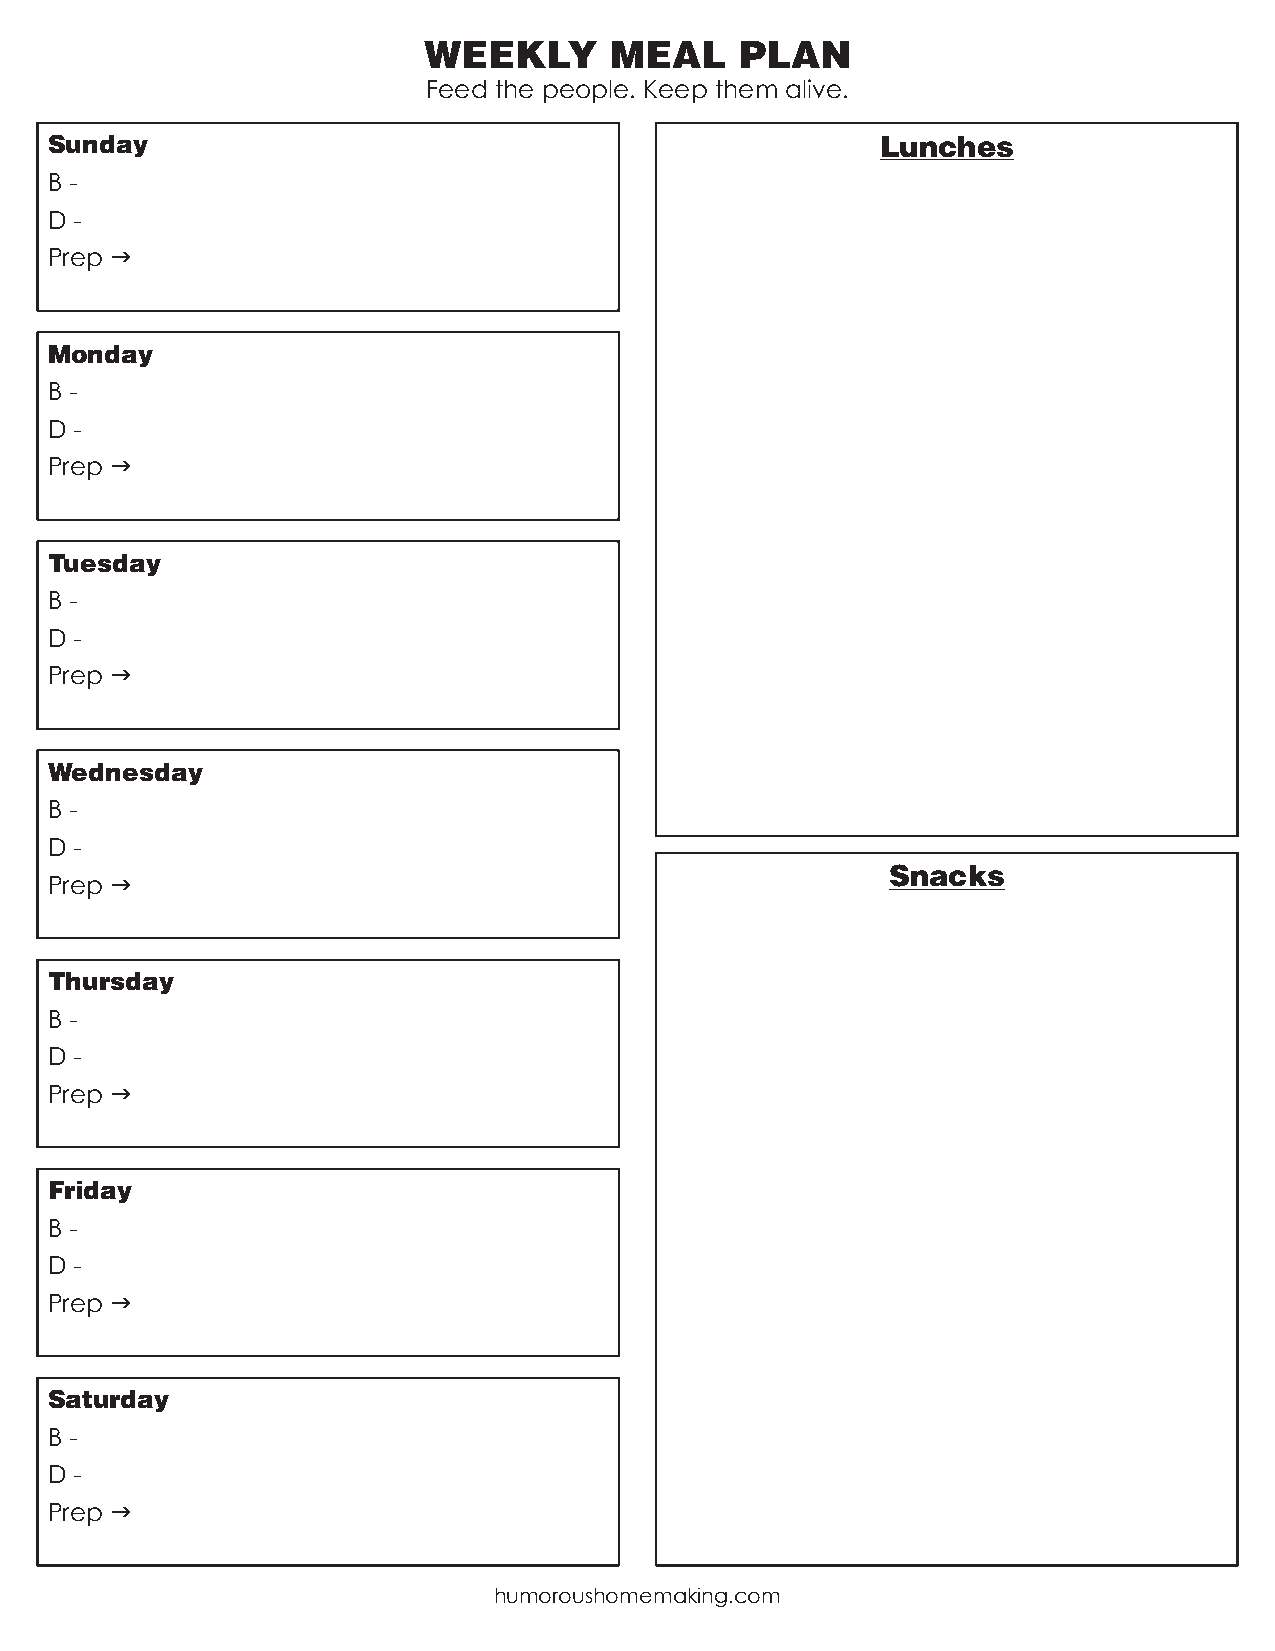
WEEKLY      MEAL     PLAN
 Feed the people. Keep them alive.
 Sunday                                                 Lunches
 B -
 D -
 Prep g
 Monday
 B -
 D -
 Prep g
 Tuesday
 B -
 D -
 Prep g
 Wednesday
 B -
 D -
 Snacks
 Prep g
 Thursday
 B -
 D -
 Prep g
 Friday
 B -
 D -
 Prep g
 Saturday
 B -
 D -
 Prep g
 humoroushomemaking.com